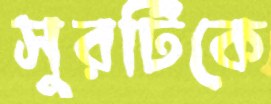
সুরটিকে